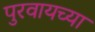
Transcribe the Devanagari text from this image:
पुरवायच्या